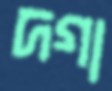
দগা